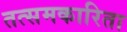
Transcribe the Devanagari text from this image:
तत्समकारिता